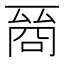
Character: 𠸲